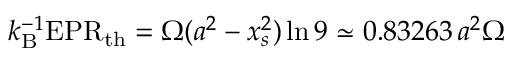
k _ { \mathrm { B } } ^ { - 1 } \mathrm { E P R } _ { \mathrm { t h } } = \Omega ( a ^ { 2 } - x _ { s } ^ { 2 } ) \ln 9 \simeq 0 . 8 3 2 6 3 \, a ^ { 2 } \Omega